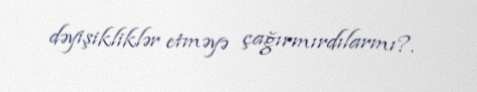
dəyişikliklər etməyə çağırmırdılarmı?.